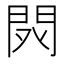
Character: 𨳥